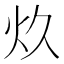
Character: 𰝺